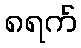
၈ရက်